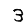
Digit: 3